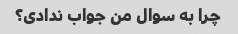
چرا به سوال من جواب ندادی؟